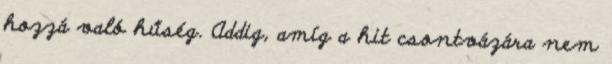
hozzá való hűség. Addig, amíg a hit csontvázára nem